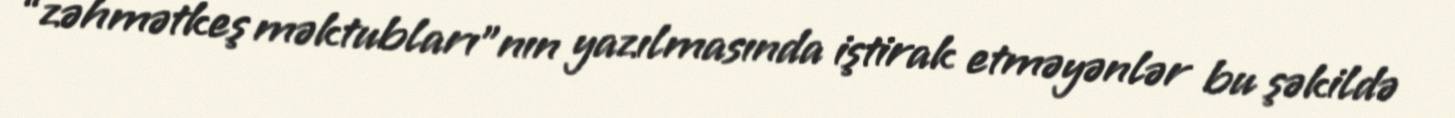
“zəhmətkeş məktubları”nın yazılmasında iştirak etməyənlər bu şəkildə